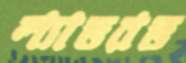
ল্যাভরভ